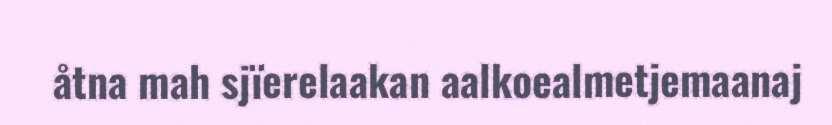
åtna mah sjïerelaakan aalkoealmetjemaanaj